Vaccination in the Punjab 1867-1880 - 1867-1880
Year: 1867
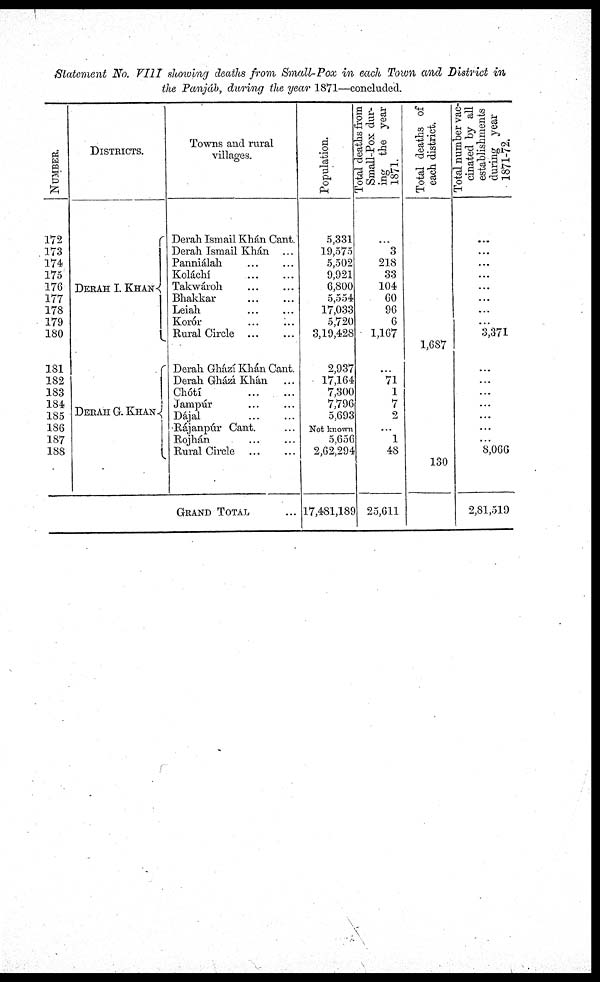
Statement No. Fill showing deaths from Small-Pox in each Town and District in
the Panjáb, during the year 1871—concluded.
NUMBER.
172
173
174
175
176
177
178
179
180
181
182
183
184
185
186
187
188
DISTRICTS.
DERAH I. KHAN
DERAH G. KHAN
Towns and rural
villages.
Derah Ismail Khan Cant.
Derah Ismail Khan ...
Panniálah ... ...
Koláchí
...
...
Takwároh ... ...
Bhakkar ... ...
Leiah ... ...
Korór ... ...
Rural Circle ... ...
Derah Ghází Khán Cant.
Derah Ghází Khán ...
Chótí
...
...
Jampúr ... ...
Dájal ... ...
Rájanpúr Cant. ... ...
Rojhán ... ...
Rural Circle
...
...
GRAND TOTAL ...
Population.
5,331
19,575
5,502
9,921
6,800
5,554
17,033
5,720
3,19,428
2,937
17,164
7,300
7,796
5,693
Not known
5,656
2,62,294
17,481,189
Total deaths from
Small-Pox dur-
ing the year
1871.
...
3
218
33
104
60
96
6
1,167
...
71
1
7
2
...
1
48
25,611
Total deaths of
each district.
1,687
130
Total number vac-
cinated by all
establishments
during year
1871-72.
...
...
...
...
...
...
...
...
3,371
...
...
...
...
...
...
...
8,066
2,81,519